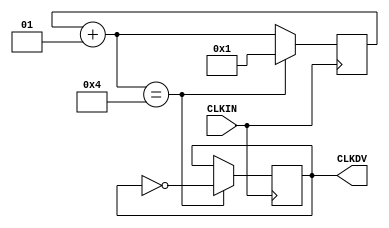
/* Clock divider CLK_DIV6 
   August 10, 2001
*/

`timescale 100 ps / 10 ps


module CLK_DIV6 (CLKIN,CLKDV);

parameter DIVIDE_BY = 6;

input CLKIN;
output CLKDV;
integer CLOCK_DIVIDER;
reg CLKDV;

initial begin
 CLOCK_DIVIDER = 0;
 CLKDV = 1'b0;
end

always @(posedge CLKIN)
begin
 CLOCK_DIVIDER = CLOCK_DIVIDER + 1;
	if (CLOCK_DIVIDER == (DIVIDE_BY/2 + 1)) 
	begin
	CLOCK_DIVIDER = 1;
	CLKDV = ~CLKDV;
	end
end

endmodule